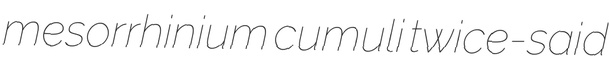
mesorrhinium cumuli twice-said